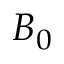
B _ { 0 }